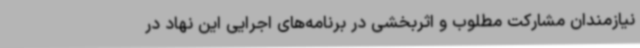
نیازمندان مشارکت مطلوب و اثربخشی در برنامه‌های اجرایی این نهاد در